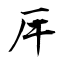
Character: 厈